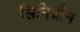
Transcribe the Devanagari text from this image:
सिनिग्रीन